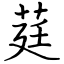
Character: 莛